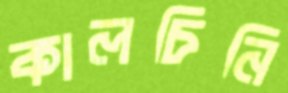
কালচিনি